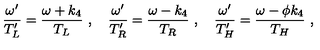
{ \frac { \omega ^ { \prime } } { T _ { L } ^ { \prime } } } = { \frac { \omega + k _ { 4 } } { T _ { L } } } \ , \quad { \frac { \omega ^ { \prime } } { T _ { R } ^ { \prime } } } = { \frac { \omega - k _ { 4 } } { T _ { R } } } \ , \quad { \frac { \omega ^ { \prime } } { T _ { H } ^ { \prime } } } = { \frac { \omega - \phi k _ { 4 } } { T _ { H } } } \ ,